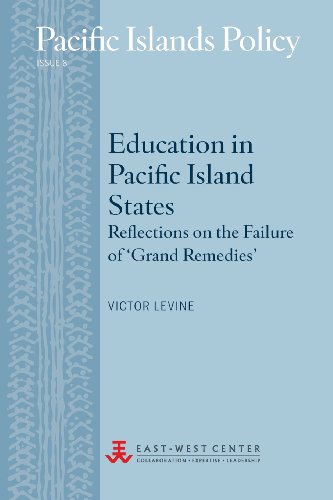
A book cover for Education in Pacific Island States: Reflections on the Failure of 'Grand Remedies' (Pacific Islands Policy); Victor Levine; History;